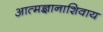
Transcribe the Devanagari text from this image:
आत्मज्ञानाशिवाय